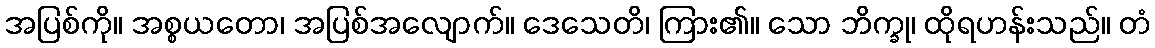
အပြစ်ကို။ အစ္စယတော၊ အပြစ်အလျောက်။ ဒေသေတိ၊ ကြား၏။ သော ဘိက္ခု၊ ထိုရဟန်းသည်။ တံ